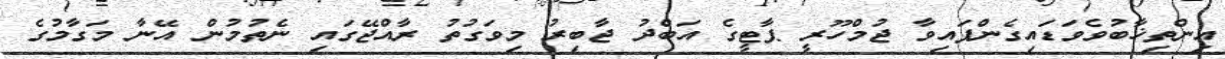
އިންތިޚާބުވެވަޑައިގެންފައިވާ ޖުމްހޫރީ ޕާޓީގެ އަބްދު ޖާބިރު މިވަގުތު ރާއްޖޭގައި ނެތުމުން އޭނާ މަގާމުގެ